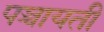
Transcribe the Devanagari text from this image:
पञ्चायती